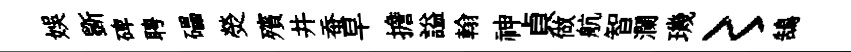
娱斵碑聘礧熒殯井蚕早擔謚翰神貞做航智瀾璣〻鵠